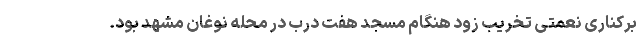
برکناری نعمتی تخریب زود هنگام مسجد هفت درب در محله نوغان مشهد بود.